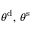
\theta ^ { \mathrm { d } } , \, \theta ^ { \mathrm { s } }